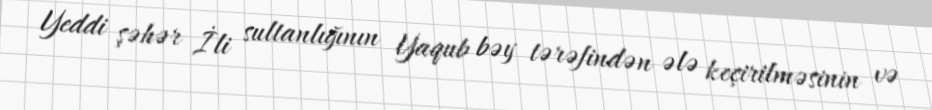
Yeddi şəhər İli sultanlığının Yaqub bəy tərəfindən ələ keçirilməsinin və